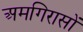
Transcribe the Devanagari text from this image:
अमगिरासों